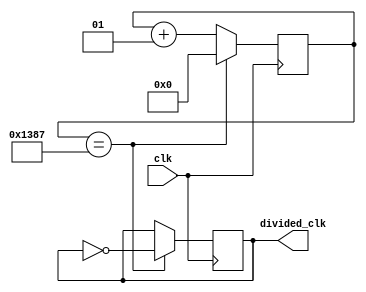
`timescale 1ns / 1ps
//////////////////////////////////////////////////////////////////////////////////
// Company: 
// Engineer: 
// 
// Design Name: 
// Module Name: clock_divider
// Project Name: 
// Target Devices: 
// Tool Versions: 
// Description: 
// 
// Dependencies: 
// 
// Revision:
// Revision 0.01 - File Created
// Additional Comments:
// 
//////////////////////////////////////////////////////////////////////////////////


module clock_divider(
input clk,
output reg divided_clk = 0
    );
localparam div_value = 4999;
integer counter_value = 0;

always@ (posedge clk)
begin
    if(counter_value == div_value)
    counter_value <= 0;
    else
    counter_value <= counter_value + 1;
end

always@ (posedge clk)
begin
    if(counter_value == div_value)
    divided_clk <= ~divided_clk;
    else
    divided_clk <= divided_clk;
end
endmodule